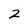
Character: 2